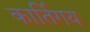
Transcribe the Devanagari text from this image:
कार्तिगय